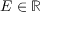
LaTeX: E \in \mathbb { R }